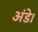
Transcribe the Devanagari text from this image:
अंडे।